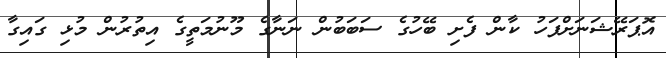
އޮޕަރޭޝަނަށްފަހު ކާން ފެށި ބޭހުގެ ސަބަބުން ނަނާގެ މޫނުމަތީގެ އިތުރުން މުޅި ގައިގާ